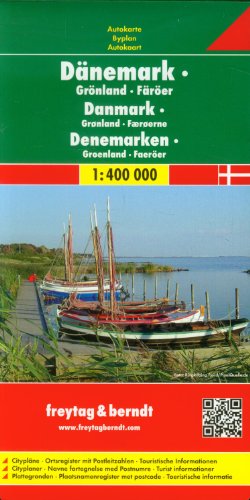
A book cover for Denmark-Greenland-Faroe (English, Spanish, French, Italian and German Edition); fb; Travel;